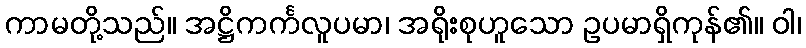
ကာမတို့သည်။ အဋ္ဌိကင်္ကလူပမာ၊ အရိုးစုဟူသော ဥပမာရှိကုန်၏။ ဝါ၊